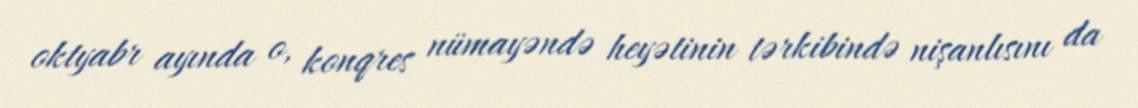
oktyabr ayında o, konqres nümayəndə heyətinin tərkibində nişanlısını da